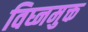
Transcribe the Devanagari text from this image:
विघ्नमुक्त